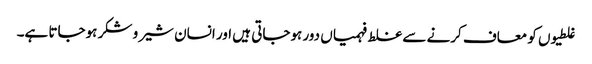
غلطیوں کو معاف کرنے سے غلط فہمیاں دور ہوجاتی ہیں اور انسان شیر و شکر ہوجاتا ہے۔